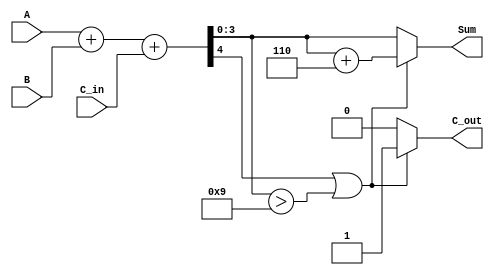
module bcd_adder (
    input  wire [3:0] A,       // First BCD digit
    input  wire [3:0] B,       // Second BCD digit
    input  wire C_in,          // Carry input
    output reg  [3:0] Sum,     // BCD sum output
    output reg  C_out          // Carry output
);

    wire [4:0] S;              // Intermediate sum (5 bits)
    wire correction_needed;     // Flag for correction

    // Step 1: Binary addition of A, B and C_in
    assign S = A + B + C_in;

    // Step 2: Check if correction is needed (S > 9)
    assign correction_needed = (S[4] || (S[3:0] > 4'b1001));

    // Step 3: Compute final sum and carry output
    always @(*) begin
        if (correction_needed) begin
            Sum = S[3:0] + 4'b0110; // Add correction factor (6)
            C_out = 1'b1;           // Set carry out
        end else begin
            Sum = S[3:0];           // No correction needed
            C_out = 1'b0;           // No carry out
        end
    end

endmodule